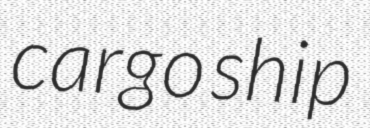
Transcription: cargo ship